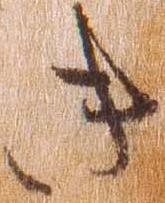
き